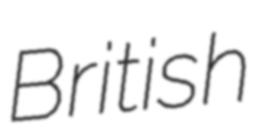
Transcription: British